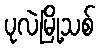
ပုလဲမြို့သစ်